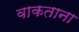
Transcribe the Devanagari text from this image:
वाकताना